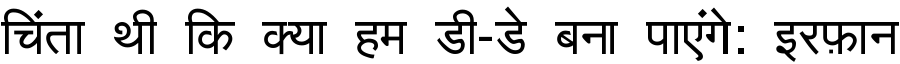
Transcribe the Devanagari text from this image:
चिंता थी कि क्या हम डी-डे बना पाएंगे: इरफ़ान